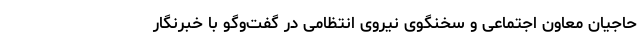
حاجیان معاون اجتماعی و سخنگوی نیروی انتظامی در گفت‌وگو با خبرنگار